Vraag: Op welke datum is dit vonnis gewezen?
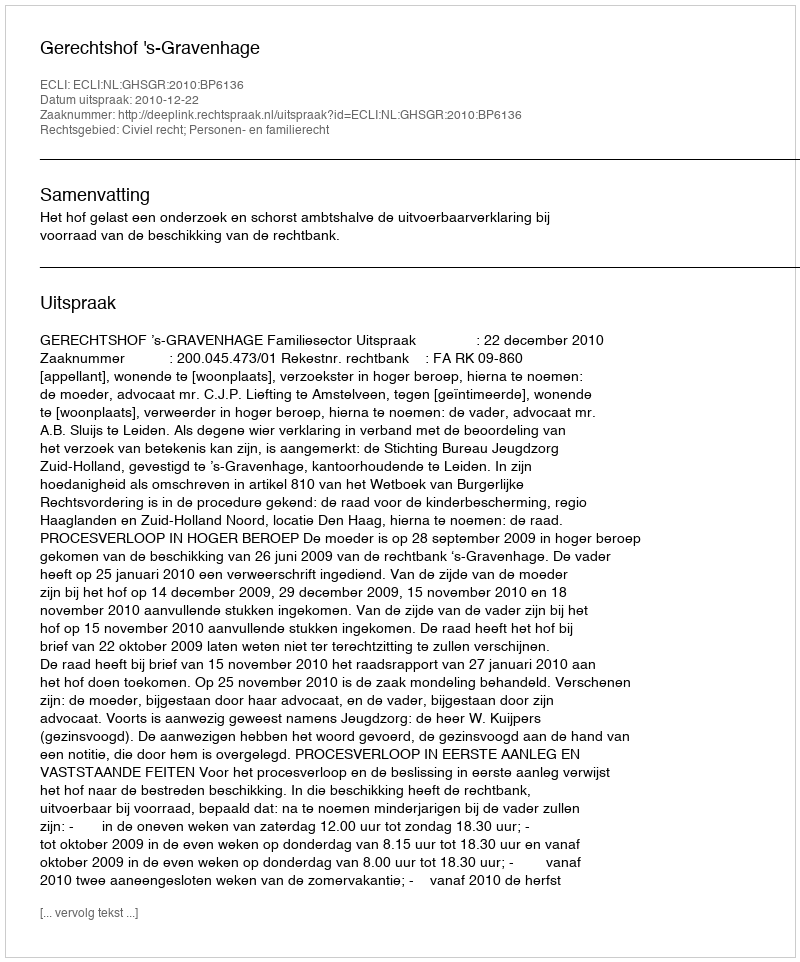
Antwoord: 2010-12-22